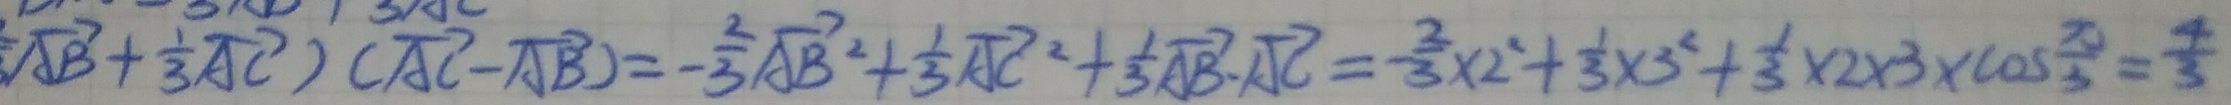
\overrightarrow { A B } + \frac { 1 } { 3 } \overrightarrow { A C } ) ( \overrightarrow { A C } - \overrightarrow { A B } ) = - \frac { 2 } { 3 } \overrightarrow { A B ^ { 2 } } + \frac { 1 } { 3 } \overrightarrow { A C ^ { 2 } } + \frac { 1 } { 3 } \overrightarrow { A B } \cdot \overrightarrow { A C } = - \frac { 2 } { 3 } \times 2 ^ { 2 } + \frac { 1 } { 3 } \times 3 ^ { 2 } + \frac { 1 } { 3 } \times 2 \times 3 \times \cos \frac { \pi } { 3 } = \frac { 4 } { 3 }